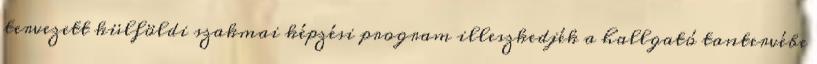
tervezett külföldi szakmai képzési program illeszkedjék a hallgató tantervébe